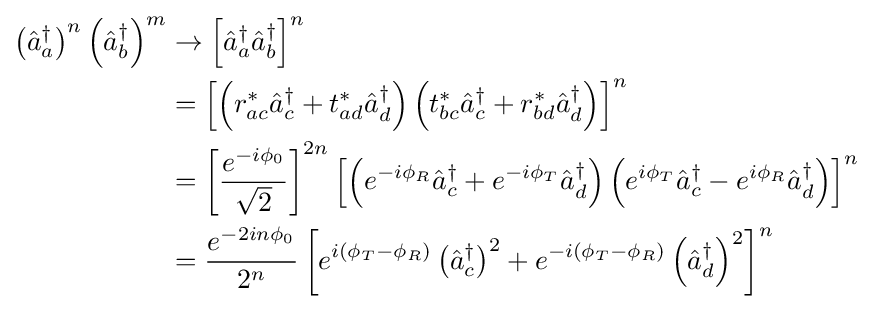
{\begin{aligned}\left({\hat {a}}_{a}^{\dagger }\right)^{n}\left({\hat {a}}_{b}^{\dagger }\right)^{m}&\to \left[{\hat {a}}_{a}^{\dagger }{\hat {a}}_{b}^{\dagger }\right]^{n}\\&=\left[\left(r_{ac}^{\ast }{\hat {a}}_{c}^{\dagger }+t_{ad}^{\ast }{\hat {a}}_{d}^{\dagger }\right)\left(t_{bc}^{\ast }{\hat {a}}_{c}^{\dagger }+r_{bd}^{\ast }{\hat {a}}_{d}^{\dagger }\right)\right]^{n}\\&=\left[{\frac {e^{-i\phi _{0}}}{\sqrt {2}}}\right]^{2n}\left[\left(e^{-i\phi _{R}}{\hat {a}}_{c}^{\dagger }+e^{-i\phi _{T}}{\hat {a}}_{d}^{\dagger }\right)\left(e^{i\phi _{T}}{\hat {a}}_{c}^{\dagger }-e^{i\phi _{R}}{\hat {a}}_{d}^{\dagger }\right)\right]^{n}\\&={\frac {e^{-2in\phi _{0}}}{2^{n}}}\left[e^{i(\phi _{T}-\phi _{R})}\left({\hat {a}}_{c}^{\dagger }\right)^{2}+e^{-i(\phi _{T}-\phi _{R})}\left({\hat {a}}_{d}^{\dagger }\right)^{2}\right]^{n}\end{aligned}}